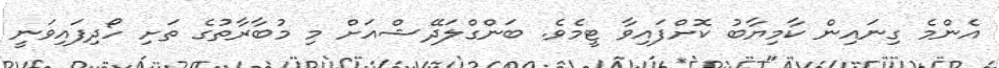
އެންމެ ގިނައިން ކާމިޔާބު ކޮށްފައިވާ ޓީމެވެ. ބަންގްލަދޭޝްއަށް މި މުބާރާތުގެ ތަށި ހޯދިފައިވަނީ